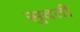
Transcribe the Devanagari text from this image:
सुदती